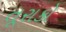
તૂરાકો